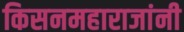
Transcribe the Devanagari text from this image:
किसनमहाराजांनी